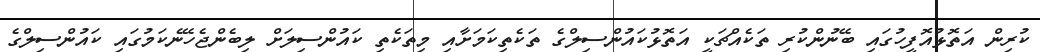
ކުރިން އަތޮޅުއޮފީހުގައި ބޭނުންކުރި ތަކެއްޗަކީ އަތޮޅުކައުންސިލްގެ ތަކެތިކަމަށާއި މިތަކެތި ކައުންސިލަށް ލިބެންޖެހޭނެކަމުގައި ކައުންސިލްގެ